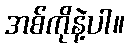
အစ်ကိုနဲ့ပါ။